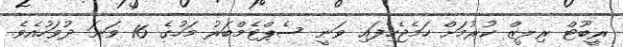
ރީބޫޓް ރިލީޒް ކުރުމަށް ހަމެޖެހިފައި ވަނީ ސެޕްޓެމްބަރު މަހުގެ 16 ވަނަ ދުވަހުއެވެ.